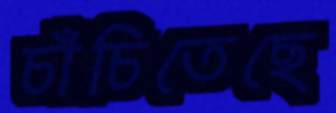
চাঁচিতেছে